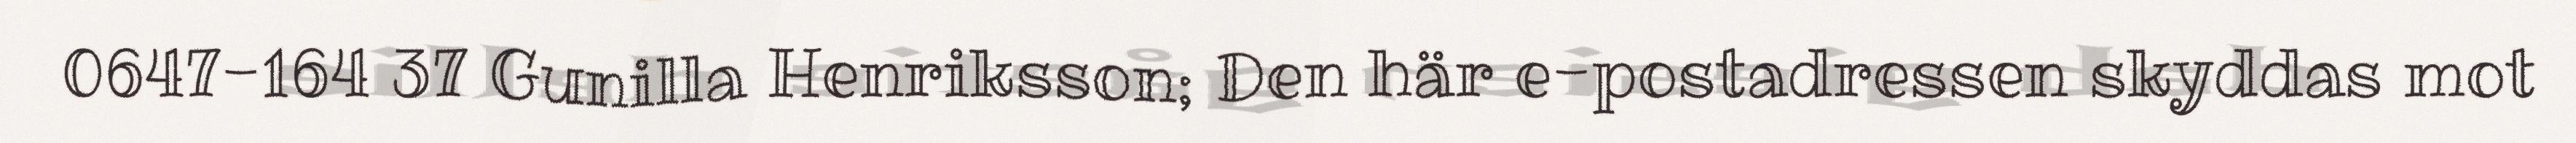
0647-164 37 Gunilla Henriksson; Den här e-postadressen skyddas mot